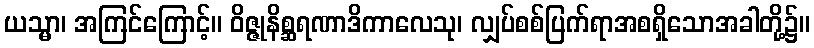
ယသ္မာ၊ အကြင်ကြောင့်။ ဝိဇ္ဇုနိစ္ဆရဏာဒိကာလေသု၊ လျှပ်စစ်ပြက်ရာအစရှိသောအခါတို့၌။